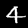
Label: 4